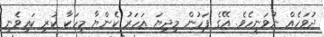
ދުވަހެއް ނުވަނީހެވެ. އޭގެ ފަހުން މިދިޔަ އަހަރު ކެންޔާ މީހަކާ ކުރި ކައިވެނި